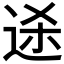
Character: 𬨥